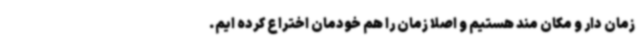
زمان دار و مکان مند هستیم و اصلا زمان را هم‌ خودمان اختراع کرده ایم.